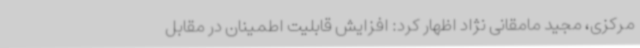
مرکزی، مجید مامقانی نژاد اظهار کرد: افزایش قابلیت اطمینان در مقابل